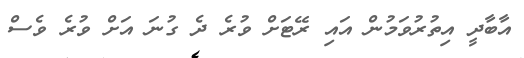
އާބާދީ އިތުރުވަމުން އައި ރޭޓަށް ވުރެ ދެ ގުނަ އަށް ވުރެ ވެސް